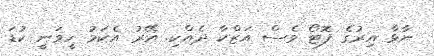
ނާޅާ އިރުގެ ފޮޓޯ ވެސް އަޒްކާ ދެއްކި. އޭރު އެކަމު ހީވަނީ ކުޑަ